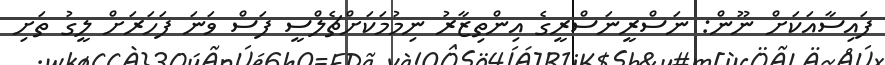
ފައިސާއަކަށް ނޫން: ނަސްރީނަސްރީގެ އިންތިޒާރު ނިމުމަކަށްޗެލްސީ ފަސް ވަނަ ފަހަރަށް ލީގު ތަށި